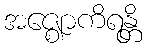
အဇ္ဈောကိရန္တိ